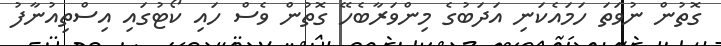
ގޮތުން ނުވަތަ ހަމައެކަނި އަދަބުގެ މިންވަރާބެހޭ ގޮތުން ވެސް ހައި ކޯޓުގައި އިސްތިއުނާފު